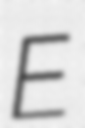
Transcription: E